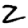
Digit: 2